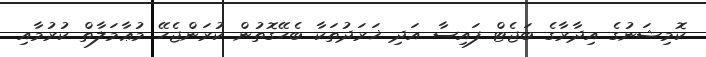
ކޮމިޝަނުގެ އިދާރާގެ ބަޖެޓް ފައިސާ އަދި ޚަރަދުތަކާ ބެހޭގޮތުން ކުރަންޖެހޭ މުޢާމަލާތް ކުރުމާއި